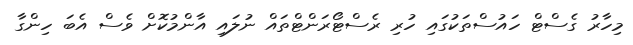
މިހާރު ގެސްޓް ހައުސްތަކުގައި ހުރި ރެސްޓޯރަންޓްތައް ނުލައި އާންމުކޮށް ވެސް އެބަ ހިންގާ